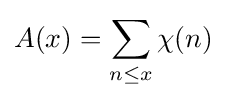
A(x)=\sum _{n\leq x}\chi (n)